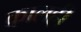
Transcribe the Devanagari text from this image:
कालही